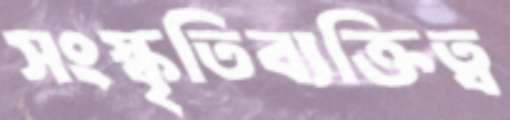
সংস্কৃতিব্যক্তিত্ব